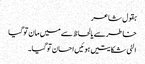
بقول شاعر
خاطرسے یالحاظ سے میں مان توگیا
الٹی شکایتیں ہوئیں احسان توگیا۔